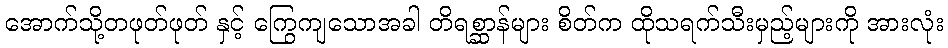
အောက်သို့တဖုတ်ဖုတ် နှင့် ကြွေကျသောအခါ တိရစ္ဆာန်များ စိတ်က ထိုသရက်သီးမှည့်များကို အားလုံး